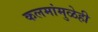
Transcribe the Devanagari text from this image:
कलमांमुळेही